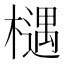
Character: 𣜛